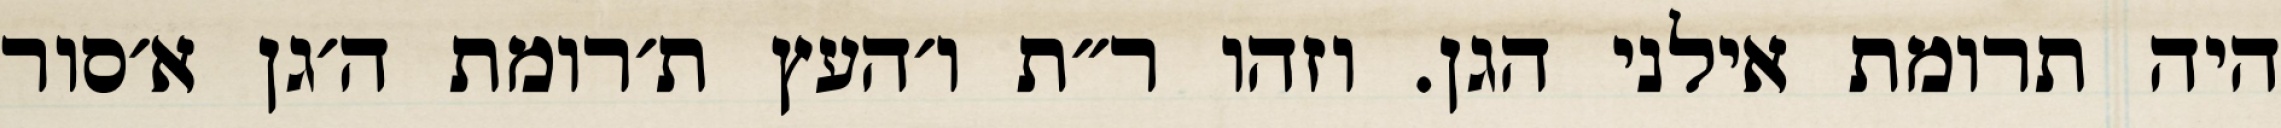
היה תרומת אילני הגן. וזהו ר״ת ו׳העץ ת׳רומת ה׳גן א׳סור